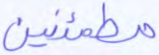
مطمئنين